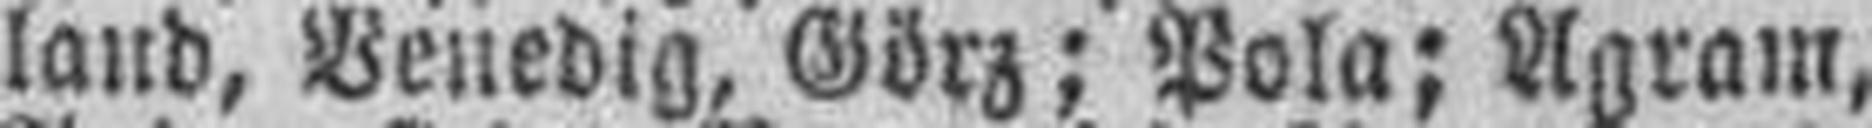
land, Venedig, Görz; Pola; Agram,